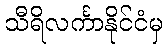
သီရိလင်္ကာနိုင်ငံမှ